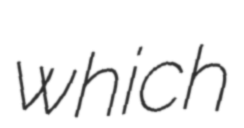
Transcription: which